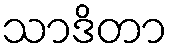
သာဒိတာ